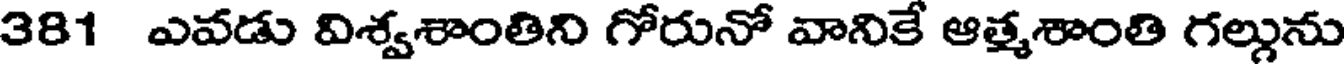
381 ఎవడు విశ్వశాంతిని గోరునో వానికే ఆత్మశాంతి గల్గును